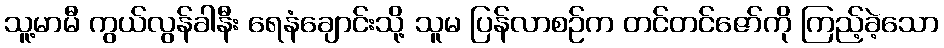
သူ့မာမီ ကွယ်လွန်ခါနီး ရေနံချောင်းသို့ သူမ ပြန်လာစဉ်က တင်တင်ဇော်ကို ကြည့်ခဲ့သော